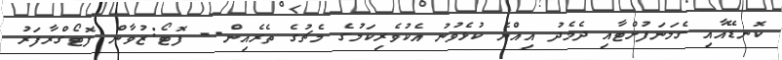
ކޮނޑޭއާއި ގެމަނަފުށްޓާއި ދެމެދު އިއްޔެ ކުޅެވުނު އެކުވެރިކަމުގެ މެޗުގެ ތެރެއިން-- ފޮޓޯ:ޒުވާން ފޮޓޯގްރާފަރު